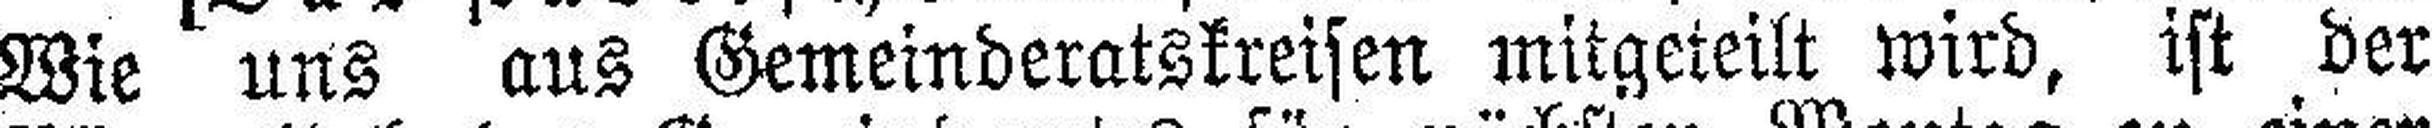
Wie uns aus Gemeinderatskreisen mitgeteilt wird, ist der